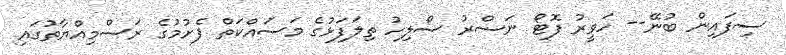
ސިފައިން ބުނޭ-- ހަވީރު ފޮޓޯ ނަސްރު ސޯލިހު ތިލަފަޅުގެ މަސައްކަތް ފެށުމުގެ ރަސްމިއްޔާތުގައި